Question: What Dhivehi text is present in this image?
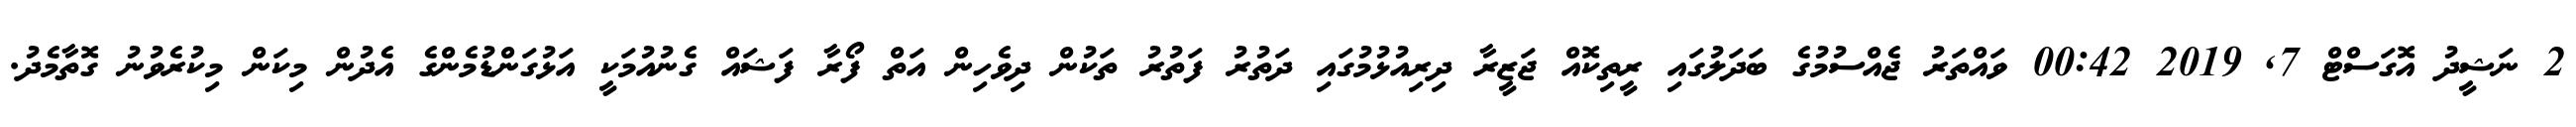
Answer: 2 ނަޝީދު އޮގަސްޓް 7, 2019 00:42 ވައްތަރު ޖެއްސުމުގެ ބަދަލުގައި ރީތިކޮއް ޖަޒީރާ ދިރިއުޅުމުގައި ދަތުރު ފަތުރު ތަކުން ދިވެހިން އަތް ފޯރާ ފަޝައް ގެނުއުމަކީ އަޅުގަންޑުމެންގެ އެދުން މިކަން މިކުރެވުނު ގޮތާމެދު.